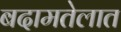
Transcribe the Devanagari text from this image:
बदामतेलात